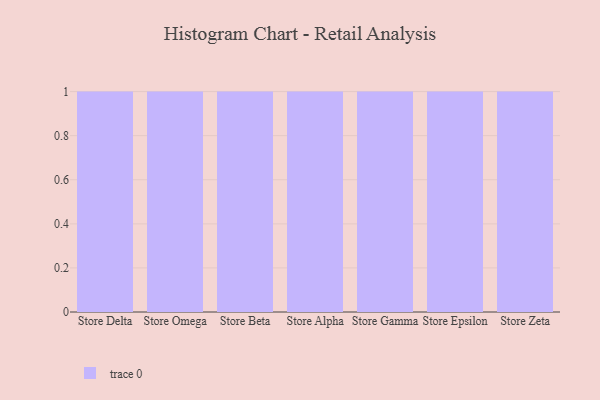
{"axis": {"x": "Store", "y": "Customer Acquisition Cost (USD)"}, "legend": [""], "data": [{"x": "Store Delta", "y": 64, "type": ""}, {"x": "Store Omega", "y": 94, "type": ""}, {"x": "Store Beta", "y": 80, "type": ""}, {"x": "Store Alpha", "y": 45, "type": ""}, {"x": "Store Gamma", "y": 45, "type": ""}, {"x": "Store Epsilon", "y": 50, "type": ""}, {"x": "Store Zeta", "y": 4, "type": ""}]}